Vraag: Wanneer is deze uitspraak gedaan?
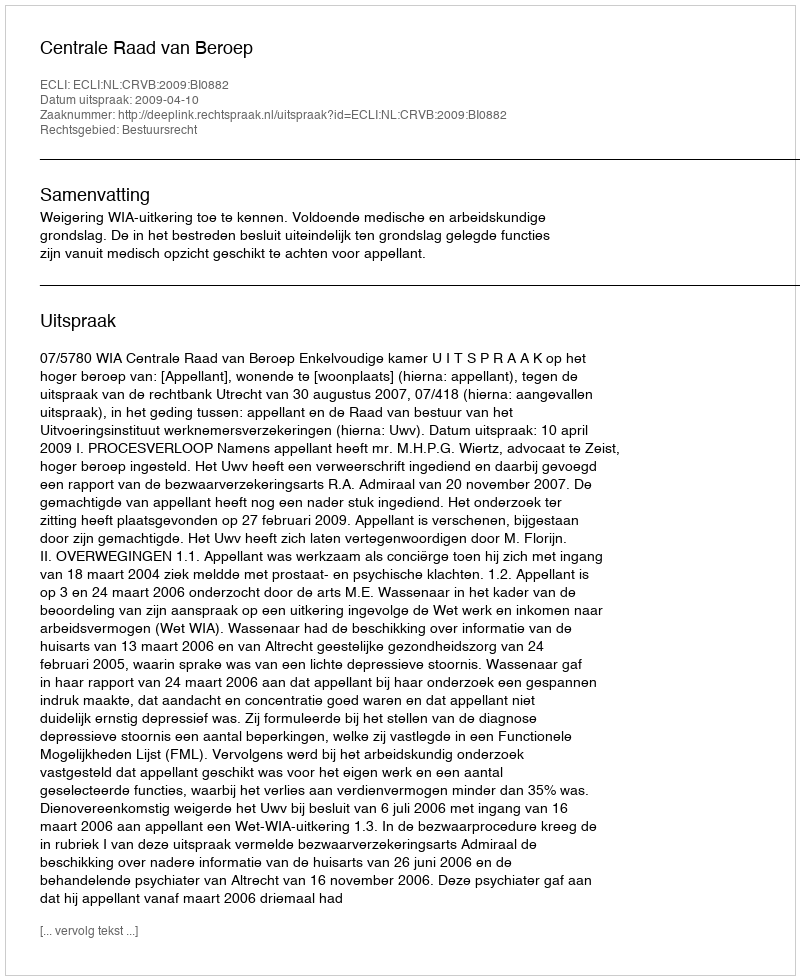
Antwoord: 2009-04-10